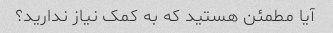
آیا مطمئن هستید که به کمک نیاز ندارید؟